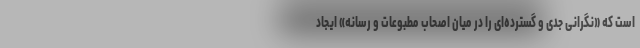
است که «نگرانی جدی و گسترده‌ای را در میان اصحاب مطبوعات و رسانه» ایجاد